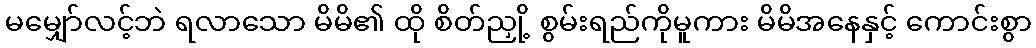
မမျှော်လင့်ဘဲ ရလာသော မိမိ၏ ထို စိတ်ညှို့ စွမ်းရည်ကိုမူကား မိမိအနေနှင့် ကောင်းစွာ